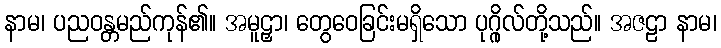
နာမ၊ ပညဝန္တမည်ကုန်၏။ အမူဠှာ၊ တွေဝေခြင်းမရှိသော ပုဂ္ဂိုလ်တို့သည်။ အဇဠာ နာမ၊